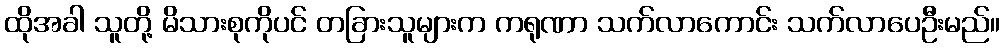
ထိုအခါ သူတို့ မိသားစုကိုပင် တခြားသူများက ကရုဏာ သက်လာကောင်း သက်လာပေဦးမည်။